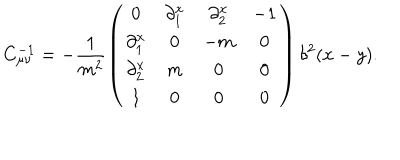
C _ { \mu \nu } ^ { - 1 } = - \frac { 1 } { m ^ { 2 } } \left( \begin{array} { c c c c } { { 0 } } & { { \partial _ { 1 } ^ { x } } } & { { \partial _ { 2 } ^ { x } } } & { { - 1 } } \\ { { \partial _ { 1 } ^ { x } } } & { { 0 } } & { { - m } } & { { 0 } } \\ { { \partial _ { 2 } ^ { x } } } & { { m } } & { { 0 } } & { { 0 } } \\ { { 1 } } & { { 0 } } & { { 0 } } & { { 0 } } \\ \end{array} \right) \delta ^ { 2 } ( x - y ) .